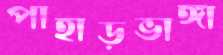
পাহাড়ভাঙ্গা